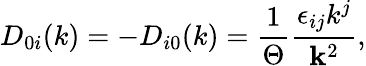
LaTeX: D_{0i}(k)=-D_{i0}(k)=\frac 1\Theta\frac{\epsilon_{ij}k^{j}}{{\mathbf k}^{2}},